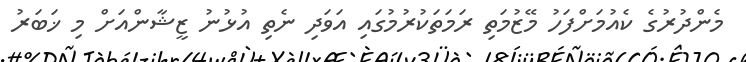
މެންދުރުގެ ކެއުމަށްފަހު މޭޒުމަތި ރަމަތަކުރުމުގައި އަވަދި ނެތި އުޅުނު ޒީޝާންއަށް މި ޚަބަރު